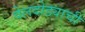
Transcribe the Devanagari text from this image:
वेलदोड्याची